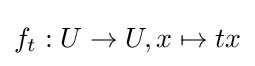
f_{t}:U\to U,x\mapsto tx